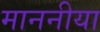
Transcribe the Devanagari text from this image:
माननीया